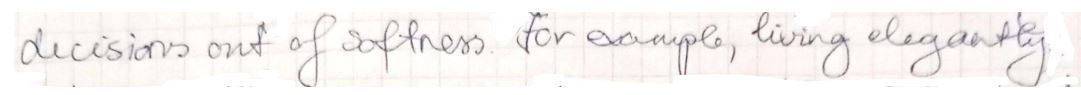
decisions out of softness for sample, living elegantly.